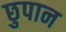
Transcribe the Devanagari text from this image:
छुपान